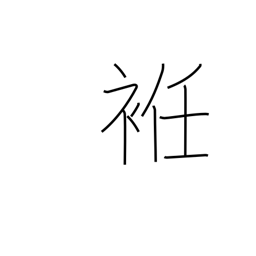
Meaning: gore